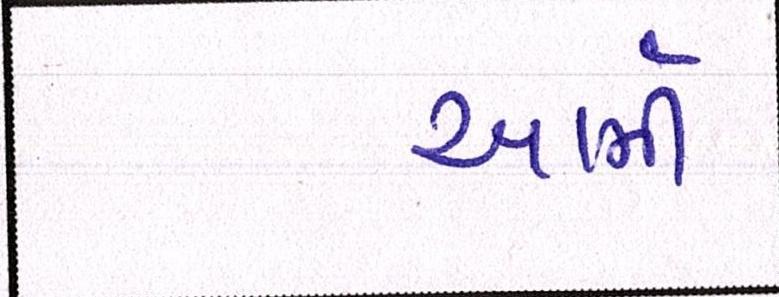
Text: આર્મી